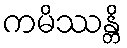
ကမိဿန္တိ